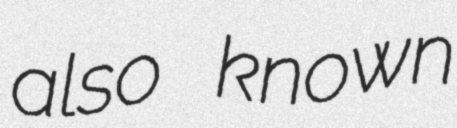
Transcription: also known